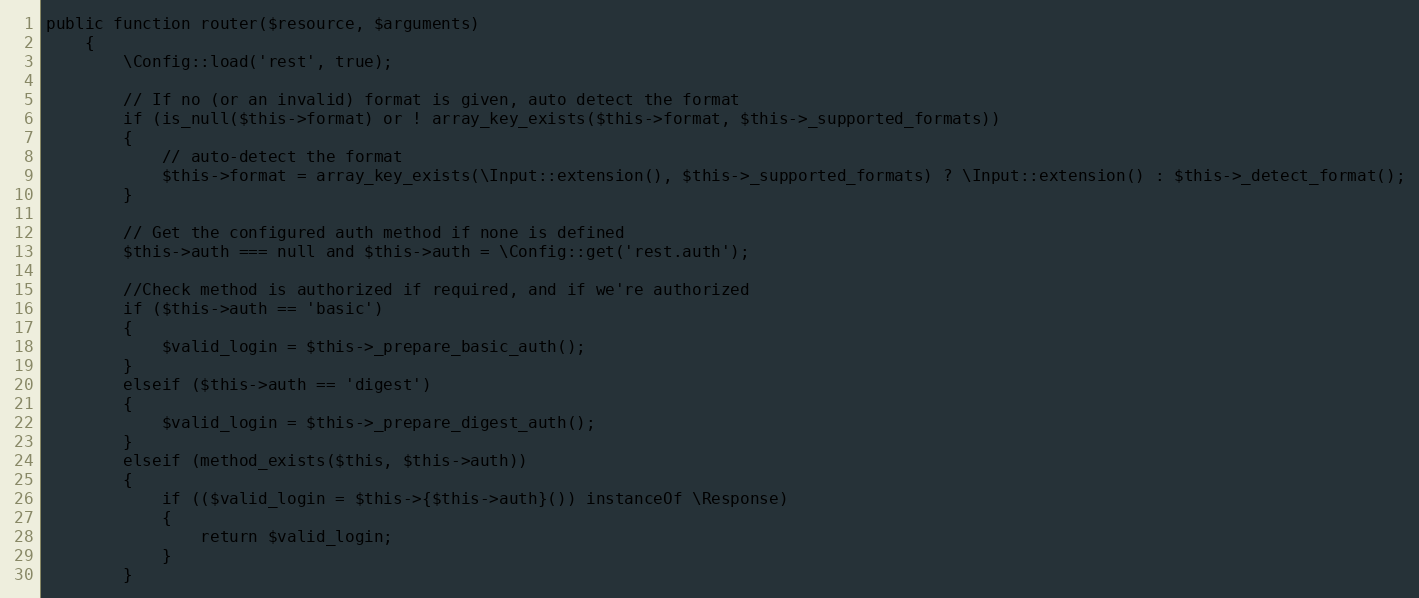
Language: PHP
public function router($resource, $arguments)
	{
		\Config::load('rest', true);

		// If no (or an invalid) format is given, auto detect the format
		if (is_null($this->format) or ! array_key_exists($this->format, $this->_supported_formats))
		{
			// auto-detect the format
			$this->format = array_key_exists(\Input::extension(), $this->_supported_formats) ? \Input::extension() : $this->_detect_format();
		}

		// Get the configured auth method if none is defined
		$this->auth === null and $this->auth = \Config::get('rest.auth');

		//Check method is authorized if required, and if we're authorized
		if ($this->auth == 'basic')
		{
			$valid_login = $this->_prepare_basic_auth();
		}
		elseif ($this->auth == 'digest')
		{
			$valid_login = $this->_prepare_digest_auth();
		}
		elseif (method_exists($this, $this->auth))
		{
			if (($valid_login = $this->{$this->auth}()) instanceOf \Response)
			{
				return $valid_login;
			}
		}